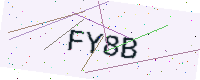
Text: FY8B